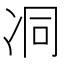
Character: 㓊